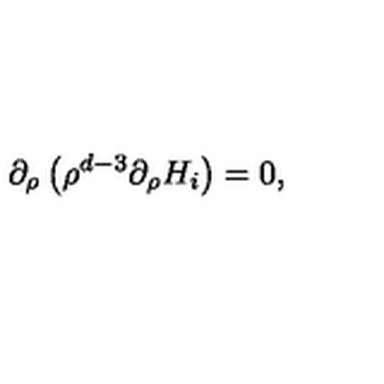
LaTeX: \partial _ { \rho } \left( \rho ^ { d - 3 } \partial _ { \rho } H _ { i } \right) = 0 ,